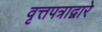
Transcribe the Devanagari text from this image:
वृत्तपत्राद्वारे